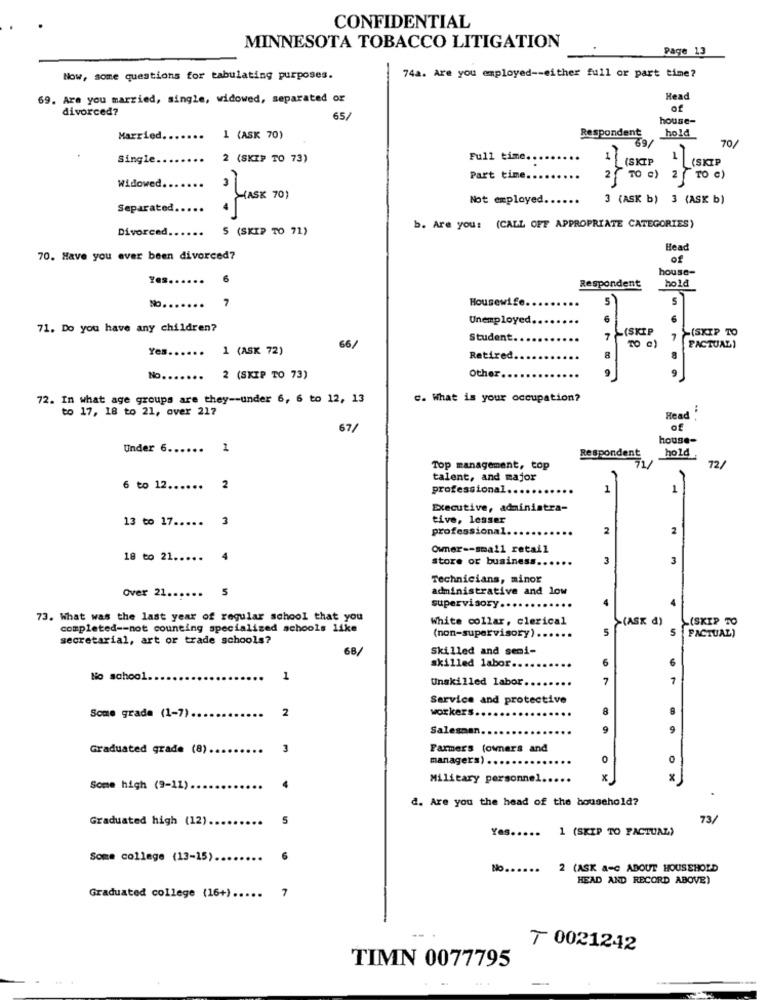
CONFIDENTIAL
MINNESOTA TOBACCO LITIGATION
Page 13
74a. Are you employed -- either full or part time?
Now, some questions for tabulating purposes.
69. Are you married, single, widowed, separated or
Head
divorced?
of
65/
house-
hold
Married.
1 (ASK 70)
Respondent
70/
69/
Single.
2 (SKIP TO 73)
Full time.
1
(SKIP
(SKIP
Widowed.
Part time ...
2
70 0 )
2
TO e)
'(ASK 70)
Not employed.
3 (ASK b) 3 (ASK b)
Separated
Divorced ..
5 (SKIP TO 71)
b. Are you: (CALL OFF APPROPRIATE CATEGORIES)
Head
70. Have you ever been divorced?
of
house-
Yes.
6
hold
Respondent
No.
Housewi
5
S
Unemployed.
6
71. Do you have any children?
(SKIP
(SKIP TO
Student.
7
FACTUAL)
Yes ..
1 (ASK 72)
66/
TO c)
Retired.
Other.
No.
...
2 (SKIP TO 73)
72. In what age groups are they -- under 6, 6 to 12, 13
c. What is your occupation?
to 17, 18 to 21, over 217
. :
Read
67/
house-
Under 6 ...... 1
Respondent
hold
Top management, top
72/
talent, and major
6 to 12 ......
2
professional ..
1
1
Executive, administra-
13 to 17 .....
3
tive, lesser
professional.
2
2
Owner -- small retail
18 to 21 .....
4
store or business.
3
3
Technicians, minor
Over 21 ...
5
administrative and low
supervisory ..
73. What was the last year of regular school that you
White collar, clerical
>(ASK d)
(SKIP TO
completed -- not counting specialized schools like
(non-supervisory) ..
5
5
FACTUAL)
secretarial, art or trade schools?
68/
Skilled and semi-
skilled labor.
6
No school.
1
Unskilled labor.
7
1
Service and protective
2
workers.
8
8
Some grade (1-7).
...
Salesman.
9
9
Graduated grade (8) ..
3
Farmers (owners and
managers) ..
0
4
Military personnel.
x
Some high (9-11).
.
d. Are you the head of the household?
Graduated high (12) ..
5
73/
Yes .....
1 (SKIP TO FACTUAL)
Some college (13-15).
No.
2 (ASK a=c ABOUT HOUSEHOLD
HEAD AND RECORD ABOVE)
7
Graduated college (16+) .....
7 0021242
TIMN 0077795